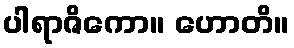
ပါရာဇိကော။ ဟောတိ။